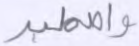
واصطبر